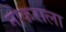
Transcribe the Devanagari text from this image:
नोकराला